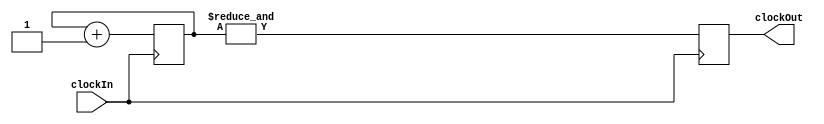
`timescale 1ns / 1ps
//////////////////////////////////////////////////////////////////////////////////
// Company: 
// Engineer: 
// 
// Design Name: 
// Module Name:    timeDivider 
// Project Name: 
// Target Devices: 
// Tool versions: 
// Description: 
//
// Dependencies: 
//
// Revision: 
// Revision 0.01 - File Created
// Additional Comments: 
//
//////////////////////////////////////////////////////////////////////////////////
module timeDivider(clockIn, clockOut);
	 input clockIn;
	 output clockOut;
	 reg clockOut;
	 
	 reg[23:0] buffer = 0;
	 always@(posedge clockIn)
	 begin
	     buffer <= buffer+1;
		  clockOut <= &buffer;
    end
endmodule